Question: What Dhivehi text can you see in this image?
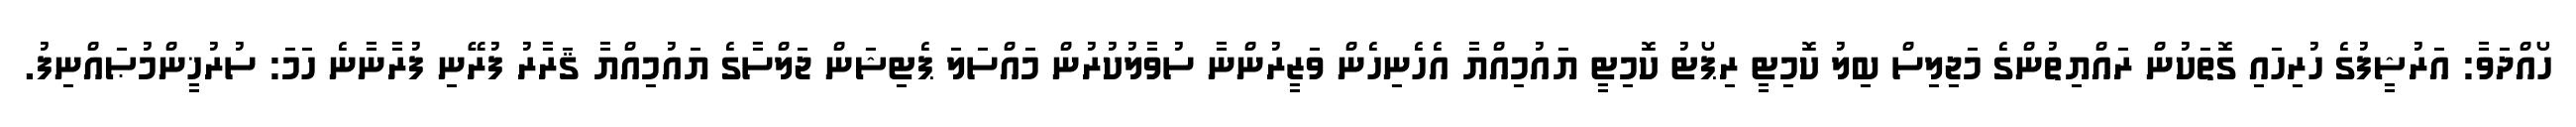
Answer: ހޯއްދަވާ: އަރުޝީފުގެ ހުރިހައި ގޮތަކުން ރައްޔިތުންގެ މަޖިލިސް ބިލު ކޮމިޓީ ރިޕޯޓު ކޮމިޓީ ޔައުމިއްޔާ އެހެނިހެން ވަޒީރުންނާ ސުވާލުކުރުން މައްސަލަ ޕެޓިޝަން ޖަލްސާގެ ޔައުމިއްޔާ ޤަރާރު ފުރޭނި ފުރާނާނެ ހަމަ: ސުރުޚީންމުޞައްނިފު.